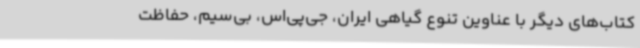
کتاب‌های دیگر با عناوین تنوع گیاهی ایران، جی‌پی‌اس، بی‌سیم، حفاظت